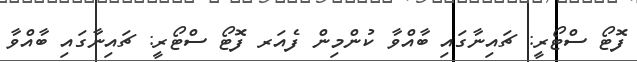
ފޮޓޯ ސްޓޯރީ: ޗައިނާގައި ބާއްވާ ކުންމިން ފެއަރ ފޮޓޯ ސްޓޯރީ: ޗައިނާގައި ބާއްވާ